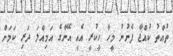
ތުއްތު ކުއްޖާ ފެނުނު މީހާ ހީކުރީ އެއީ އޭނާގެ އަމިއްލަ ދަރި ކަމަށް